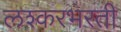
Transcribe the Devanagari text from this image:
लश्करभरती